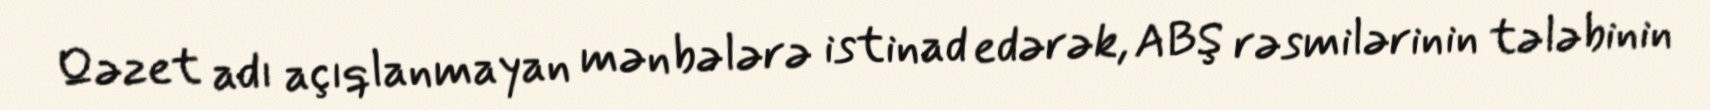
Qəzet adı açıqlanmayan mənbələrə istinad edərək, ABŞ rəsmilərinin tələbinin